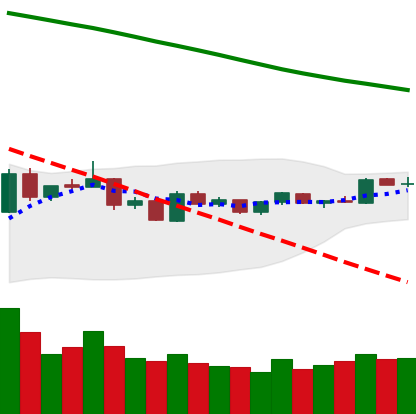
Ticker: BTC-USD
Chart end date: 2019-01-08
Forward return: -11.856%
Label: down_7plus